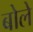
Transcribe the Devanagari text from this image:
बोलेे